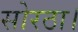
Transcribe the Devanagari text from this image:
सोरठा।